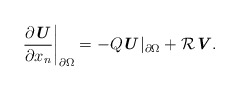
\begin{align*} \frac{\partial \textbf{\textit{U}}}{\partial x_n}\bigg|_{\partial \Omega}=-Q\textbf{\textit{U}}|_{\partial \Omega}+\mathcal{R}\textbf{\textit{V}}. \end{align*}